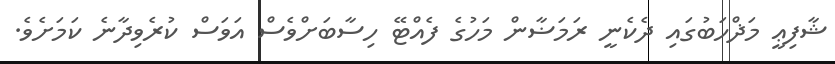
ޝާފިޢީ މަޛްހަބުގައި ދެކެނީ ރަމަޟާން މަހުގެ ފެއްޓޭ ހިސާބަށްވެސް އަވަސް ކުރެވިދާނެ ކަމަށެވެ.